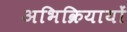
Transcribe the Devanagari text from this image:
अभिक्रियायों